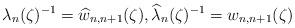
LaTeX: \begin{align*} \lambda_{n}(\zeta)^{-1}=\widehat{w}_{n,n+1}(\zeta), \widehat{\lambda}_{n}(\zeta)^{-1}=w_{n,n+1}(\zeta)\end{align*}